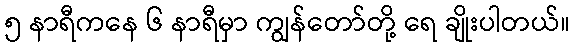
၅ နာရီကနေ ၆ နာရီမှာ ကျွန်တော်တို့ ရေ ချိုးပါတယ်။